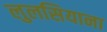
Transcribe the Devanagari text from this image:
लुलसियाना